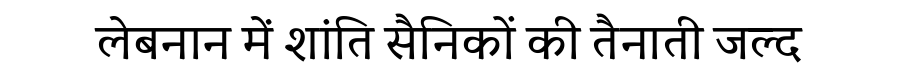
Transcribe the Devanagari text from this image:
लेबनान में शांति सैनिकों की तैनाती जल्द